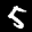
Label: 5